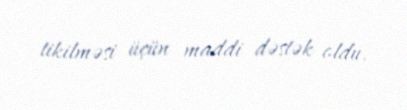
tikilməsi üçün maddi dəstək oldu.